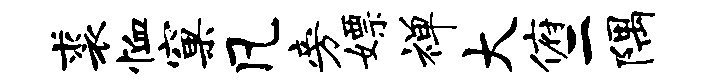
裘恤窠凡旁嫖禅大俯二隅